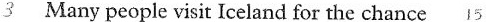
3 Many people visit Iceland for the chance 15